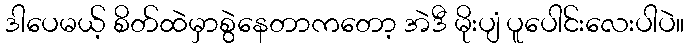
ဒါပေမယ့် စိတ်ထဲမှာစွဲနေတာကတော့ အဲဒီ မိုးပျံ ပူပေါင်းလေးပါပဲ။